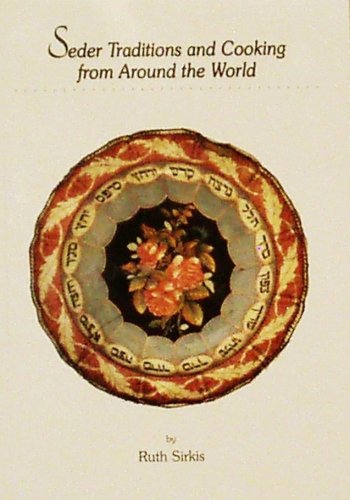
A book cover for Seder Traditions and Cooking From Around the World; Palphot; Cookbooks, Food & Wine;